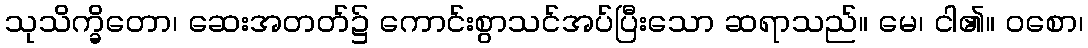
သုသိက္ခိတော၊ ဆေးအတတ်၌ ကောင်းစွာသင်အပ်ပြီးသော ဆရာသည်။ မေ၊ ငါ၏။ ဝစော၊